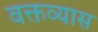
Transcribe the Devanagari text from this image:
वक्तव्यास